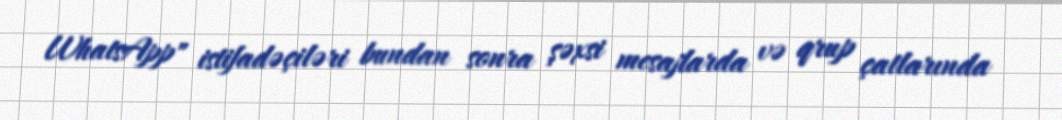
WhatsApp" istifadəçiləri bundan sonra şəxsi mesajlarda və qrup çatlarında